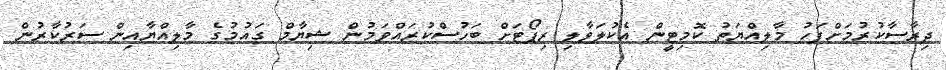
ދިރާސާކުރުމަށްފަހު މާލިއްޔަތު ކޮމިޓީން އެކުލަވާލި ރިޕޯޓަށް ބަހުސްކުރައްވަމުން ޝިޔާމް ގައުމުގެ މާލިއްޔާއިން ސަރުކާރުން